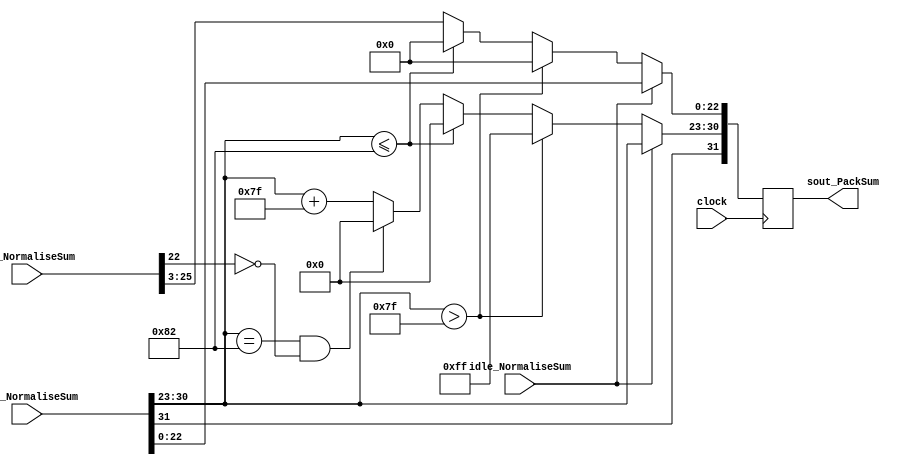
`timescale 1ns / 1ps
//////////////////////////////////////////////////////////////////////////////////
// Company: 
// Engineer: 
// 
// Design Name: 
// Module Name:    PackAdder 
// Project Name: 
// Target Devices: 
// Tool versions: 
// Description: 
//
// Dependencies: 
//
// Revision: 
// Revision 0.01 - File Created
// Additional Comments: 
//
//////////////////////////////////////////////////////////////////////////////////
module PackAdder(
	input idle_NormaliseSum,
	input [31:0] sout_NormaliseSum,
	input [27:0] sum_NormaliseSum,
	input clock,
	output reg [31:0] sout_PackSum
   );

parameter no_idle = 1'b0,
			 put_idle = 1'b1;
			 
wire s_sign;
wire [7:0] s_exponent;

assign s_sign = sout_NormaliseSum[31];
assign s_exponent = sout_NormaliseSum[30:23];

always @ (posedge clock)
begin
	
	if (idle_NormaliseSum != put_idle) begin
		sout_PackSum[22:0] <= sum_NormaliseSum[25:3];
		sout_PackSum[30:23] <= s_exponent + 127;
		sout_PackSum[31] <= s_sign;
      if ($signed(s_exponent) == -126 && sum_NormaliseSum[22] == 0) begin
         sout_PackSum[30 : 23] <= 0;
      end
		  
		if ($signed(s_exponent) <= -126) begin
			sout_PackSum[30 : 23] <= 0;
			sout_PackSum[22:0] <= 0;
		end
		  
        //if overflow occurs, return inf
      if ($signed(s_exponent) > 127) begin
         sout_PackSum[22 : 0] <= 0;
         sout_PackSum[30 : 23] <= 255;
         sout_PackSum[31] <= s_sign;
      end		
	end
	
	else begin
		sout_PackSum <= sout_NormaliseSum;
	end
end

endmodule